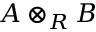
A \otimes _ { R } B